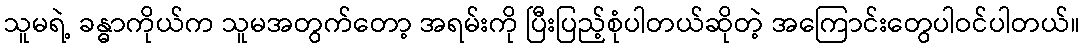
သူမရဲ့ ခန္ဓာကိုယ်က သူမအတွက်တော့ အရမ်းကို ပြီးပြည့်စုံပါတယ်ဆိုတဲ့ အကြောင်းတွေပါဝင်ပါတယ်။